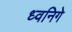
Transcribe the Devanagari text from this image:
ध्वनिगे